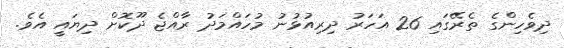
ދިވެހިންގެ ތެރޭގައި 26 އަހަރު ދިރިއުޅުނު މުހައްމަދު ރާއްޖެ ދޫކޮށް ދިޔައީ އެވެ.